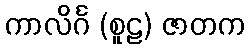
ကာလိင်္ဂ (စူဠ) ဇာတက